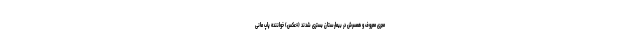
مجری معروف و همسرش در بیمارستان بستری شدند (+عکس) خواننده پاپ مانی